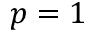
p = 1